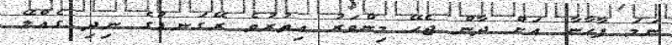
ނަމަ ފާހާނާ އަށް ދާން ޖެހޭ މިންވަރު އިތުރުވެ ރޭގަނޑުގެ ނިދި ގެއްލޭ